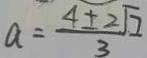
a = \frac { 4 \pm 2 \sqrt { 7 } } { 3 }